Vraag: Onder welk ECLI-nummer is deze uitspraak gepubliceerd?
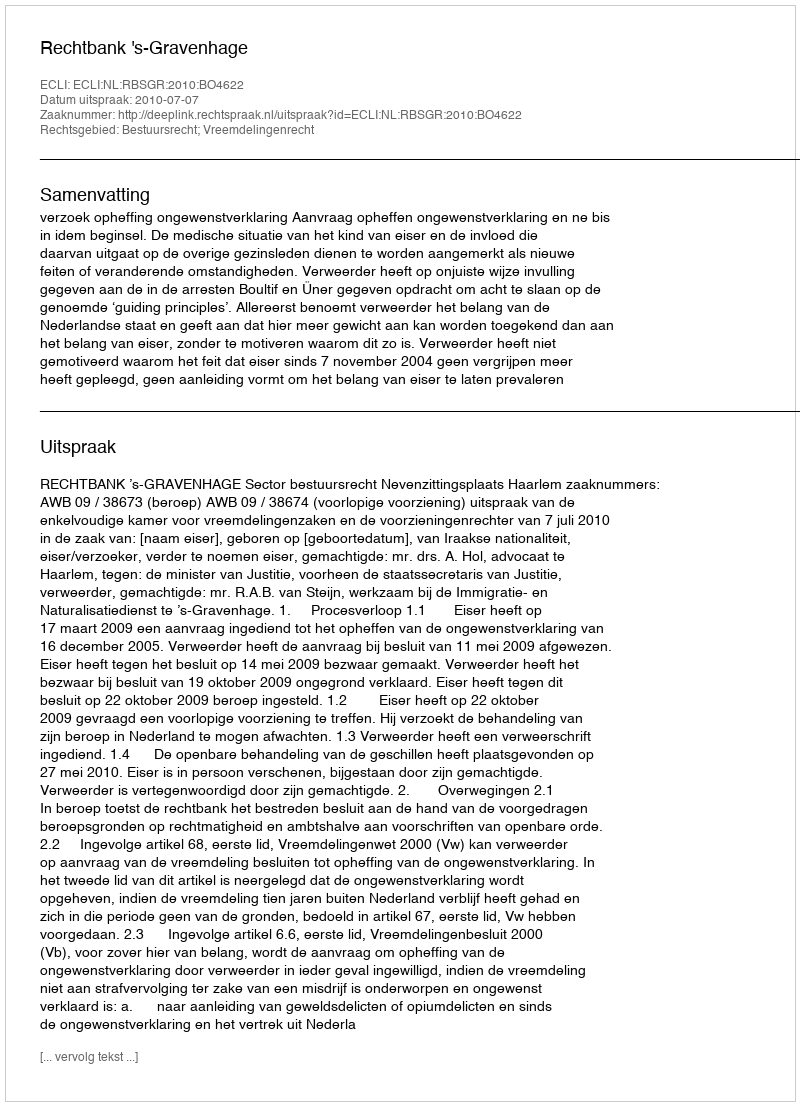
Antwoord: ECLI:NL:RBSGR:2010:BO4622